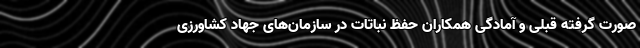
صورت گرفته قبلی و آمادگی همکاران حفظ نباتات در سازمان‌های جهاد کشاورزی